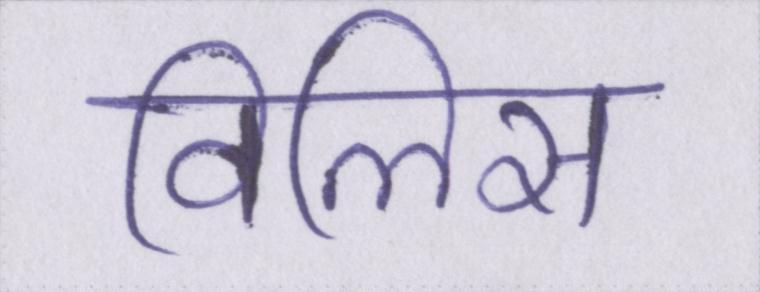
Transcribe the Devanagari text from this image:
विलिस